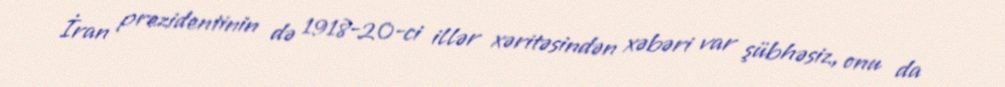
İran prezidentinin də 1918-20-ci illər xəritəsindən xəbəri var şübhəsiz, onu da